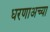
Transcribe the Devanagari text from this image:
धरणाअच्या